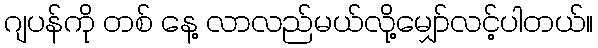
ဂျပန်ကို တစ် နေ့ လာလည်မယ်လို့မျှော်လင့်ပါတယ်။